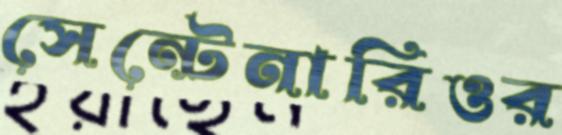
সেন্টেনারিওর